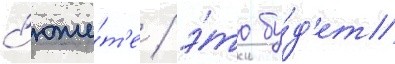
с'юже́т'е / э́то бу́д'ет